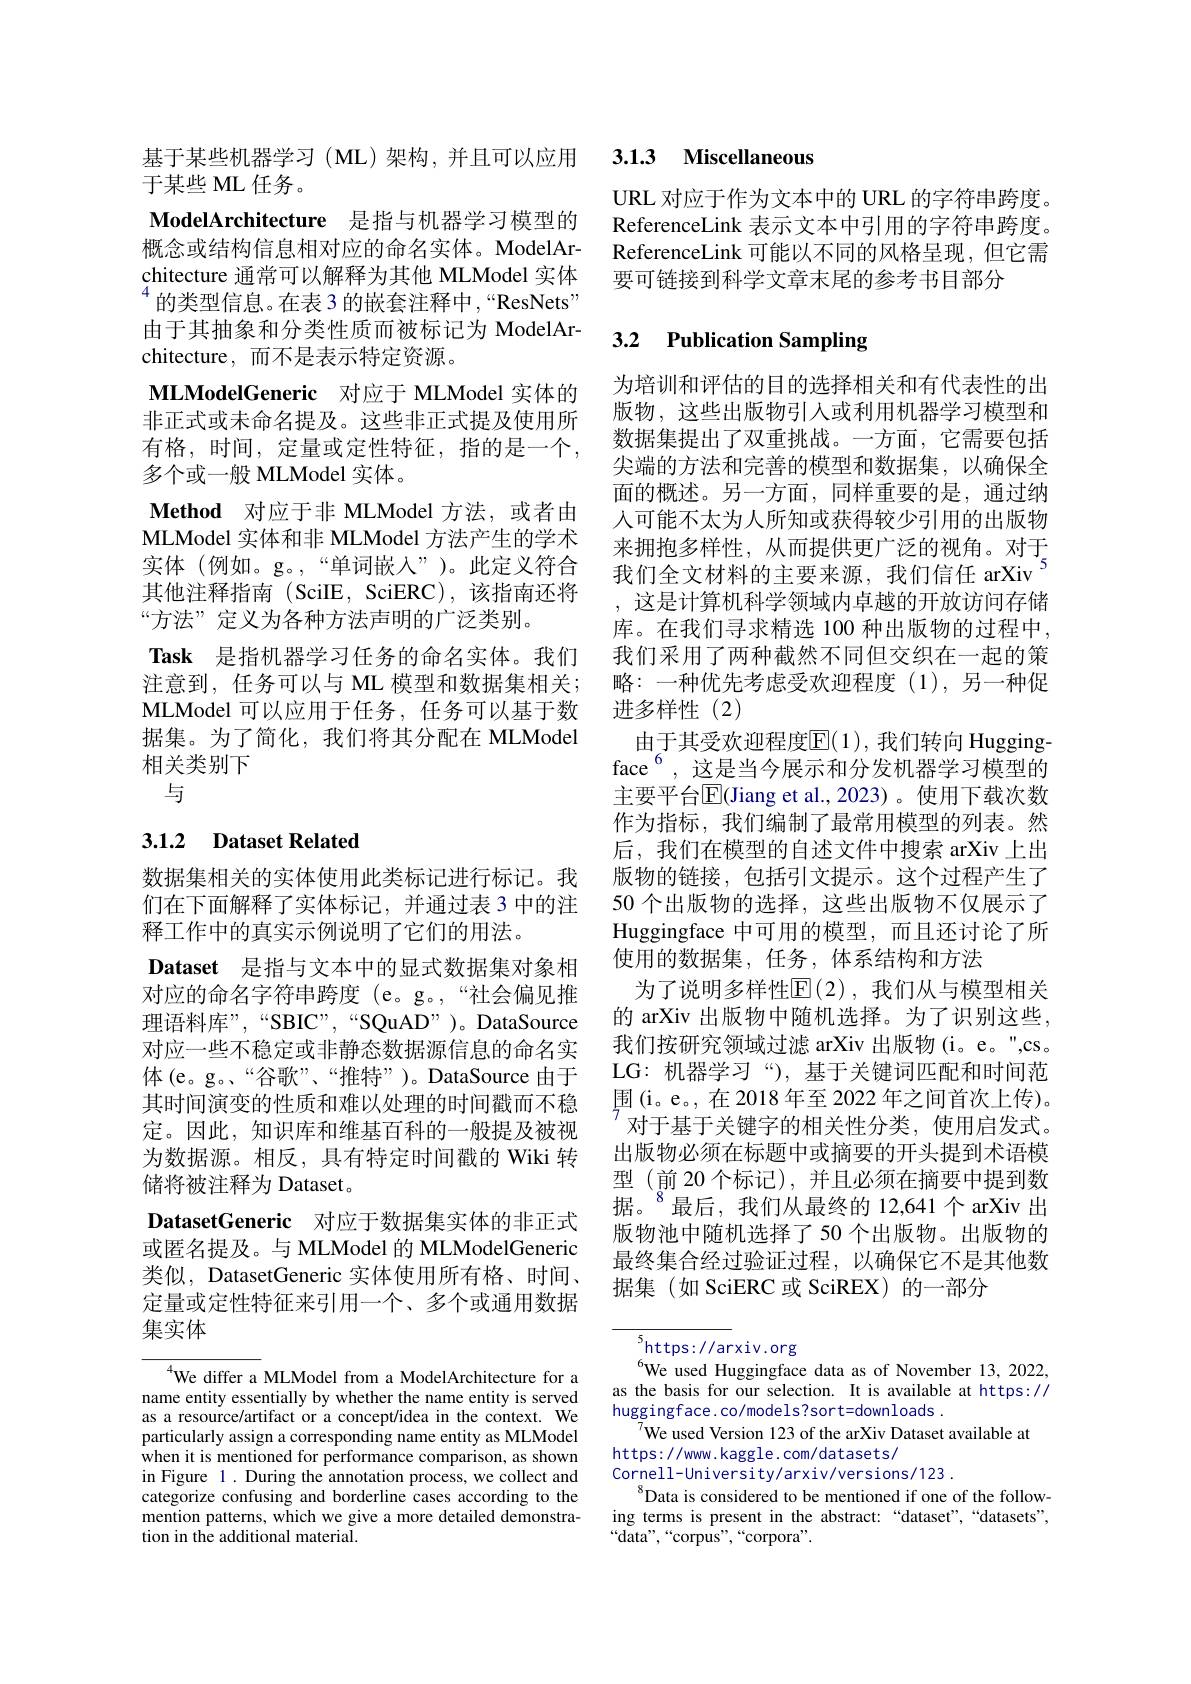
基于某些机器学习(ML)架构，并且可以应用
于某些 ML 任务。
ModelArchitecture 是指与机器学习模型的概念或结构信息相对应的命名实体。ModelArchitecture 通常可以解释为其他 MLModel 实体$^{4}$的类型信息。在表 3 的嵌套注释中，“ResNets” 由于其抽象和分类性质而被标记为 ModelArchitecture, 而不是表示特定资源。
MLModelGeneric 对应于 MLModel 实体的非正式或未命名提及。这些非正式提及使用所有格，时间，定量或定性特征，指的是一个， 多个或一般 MLModel 实体。
Method 对应于非 MLModel 方法，或者由MLModel 实体和非 MLModel 方法产生的学术实体(例如。g。,“单词嵌入”)。此定义符合其他注释指南 (SciIE, SciERC),该指南还将“方法”定义为各种方法声明的广泛类别。
Task 是指机器学习任务的命名实体。我们注意到，任务可以与 ML 模型和数据集相关； MLModel 可以应用于任务，任务可以基于数据集。为了简化，我们将其分配在 MLModel 相关类别下
与

# 3.1.2 Dataset Related

数据集相关的实体使用此类标记进行标记。我们在下面解释了实体标记，并通过表 3 中的注释工作中的真实示例说明了它们的用法。
Dataset 是指与文本中的显式数据集对象相对应的命名字符串跨度 (e。g。,“社会偏见推理语料库”,“SBIC”,“SQuAD”)。DataSource 对应一些不稳定或非静态数据源信息的命名实体(e。g。“谷歌”、“推特”)。DataSource 由于其时间演变的性质和难以处理的时间戳而不稳定。因此，知识库和维基百科的一般提及被视为数据源。相反，具有特定时间戳的 Wiki 转储将被注释为 Dataset。
DatasetGeneric 对应于数据集实体的非正式或匿名提及。与 MLModel 的 MLModelGeneric 类似，DatasetGeneric 实体使用所有格、时间、 定量或定性特征来引用一个、多个或通用数据集实体

$^{4}$We differ a MLModel from a ModelArchitecture for a name entity essentially by whether the name entity is served as a resource/artifact or a concept/idea in the context. We particularly assign a corresponding name entity as MLModel when it is mentioned for performance comparison, as shown in Figure 1. During the annotation process, we collect and categorize confusing and borderline cases according to the mention patterns, which we give a more detailed demonstration in the additional material.

# 3.13 Miscellaneous

URL 对应于作为文本中的 URL 的字符串跨度。ReferenceLink 表示文本中引用的字符串跨度。ReferenceLink 可能以不同的风格呈现，但它需要可链接到科学文章末尾的参考书目部分

# 3.2 Publication Sampling

为培训和评估的目的选择相关和有代表性的出版物，这些出版物引入或利用机器学习模型和数据集提出了双重挑战。一方面，它需要包括尖端的方法和完善的模型和数据集，以确保全面的概述。另一方面，同样重要的是，通过纳入可能不太为人所知或获得较少引用的出版物来拥抱多样性，从而提供更广泛的视角。对于我们全文材料的主要来源，我们信任 arXiv$^{5}$ , 这是计算机科学领域内卓越的开放访问存储库。在我们寻求精选 100 种出版物的过程中， 我们采用了两种截然不同但交织在一起的策略：一种优先考虑受欢迎程度(1),另一种促进多样性(2)
由于其受欢迎程度$\mathbb{E}(1)$,我们转向 Huggingface$^{6}$,这是当今展示和分发机器学习模型的主要平台$\overline{\mathrm{E}}($Jiang et al.,2023)。使用下载次数作为指标，我们编制了最常用模型的列表。然后，我们在模型的自述文件中搜索 arXiv 上出版物的链接，包括引文提示。这个过程产生了50 个出版物的选择，这些出版物不仅展示了Huggingface 中可用的模型，而且还讨论了所使用的数据集，任务，体系结构和方法
为了说明多样性$\operatorname{E}(2)$, 我们从与模型相关的 arXiv 出版物中随机选择。为了识别这些， 我们按研究领域过滤 arXiv 出版物(i。e。",cs。LG: 机器学习“),基于关键词匹配和时间范围(i。e。,在 2018 年至 2022 年之间首次上传)。$^{/}$对于基于关键字的相关性分类，使用启发式。出版物必须在标题中或摘要的开头提到术语模型(前 20 个标记),并且必须在摘要中提到数据。$^{8}$最后，我们从最终的 12,641个 arXiv 出版物池中随机选择了50 个出版物。出版物的最终集合经过验证过程，以确保它不是其他数据集 (如 SciERC 或 SciREX) 的一部分

$^{5}$https://arxiv.org
We used Huggingface data as of November 13,2022, as the basis for our selection. It is available at https:// huggingface.co/models?sort=downloads.
We used Version 123 of the arXiv Dataset available at
https: / / www. kaggle. com/ datasets/
Cornell-University/arxiv/versions/123.
$^{8}$Data is considered to be mentioned if one of the following terms is present in the abstract:“dataset",“datasets”, $“$data",“corpus”,“corpora”.